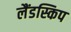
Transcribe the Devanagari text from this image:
लैंडस्किप